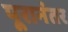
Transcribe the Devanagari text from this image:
पूरानंतर